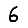
Digit: 6